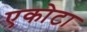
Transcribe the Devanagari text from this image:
एकोटा